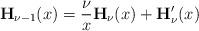
LaTeX: \begin{align*}\mathbf{H}_{\nu-1}(x)=\frac{\nu}{x}\mathbf{H}_{\nu}(x)+\mathbf{H}_{\nu}'(x)\end{align*}